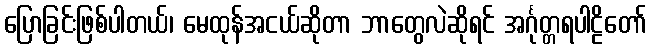
ပြောခြင်းဖြစ်ပါတယ်၊ မေထုန်အငယ်ဆိုတာ ဘာတွေလဲဆိုရင် အင်္ဂုတ္တရပါဠိတော်